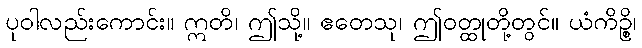
ပုဝါလည်းကောင်း။ ဣတိ၊ ဤသို့။ ဧတေသု၊ ဤဝတ္ထုတို့တွင်။ ယံကိဉ္စိ၊